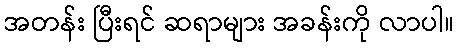
အတန်း ပြီးရင် ဆရာများ အခန်းကို လာပါ။